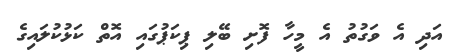
އަދި އެ ވަގުތު އެ މީހާ ފޮށި ބޭލި ޕިކަޕުގައި އޮތް ކަޅުކުލައިގެ